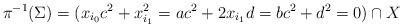
LaTeX: \begin{align*}\pi^{-1} (\Sigma) = (x_{i_0} c^2 + x_{i_1}^2 = a c^2 + 2 x_{i_1} d = b c^2 + d^2 = 0) \cap X\end{align*}